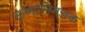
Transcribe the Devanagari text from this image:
ऊष्मानिमज्जक